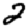
Digit: 2